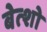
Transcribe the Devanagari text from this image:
बेत्शो